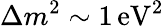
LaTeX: \Delta m^{2}\sim 1\, {\mathrm{eV}}^{2}